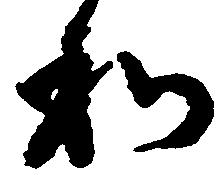
和